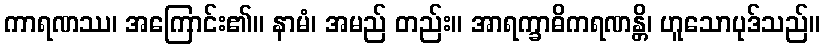
ကာရဏဿ၊ အကြောင်း၏။ နာမံ၊ အမည် တည်း။ အာရက္ခာဓိကရဏန္တိ၊ ဟူသောပုဒ်သည်။